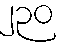
၂၃၀